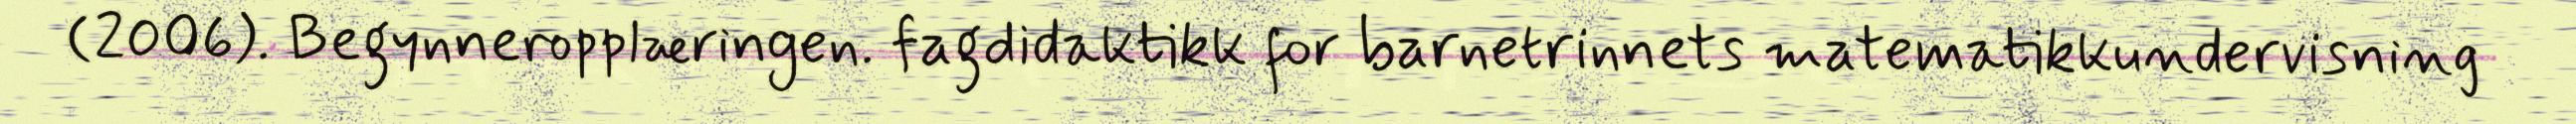
(2006). Begynneropplæringen. fagdidaktikk for barnetrinnets matematikkundervisning